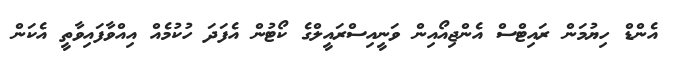
އެންޑް ހިޔުމަން ރައިޓްސް އެންޖިއޯއިން ވަނިީއިސްރައީލްގެ ކޯޓުން އެފަދަ ހުކުމެއް އިއްވާފައިވާތީ އެކަން